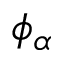
\phi _ { \alpha }